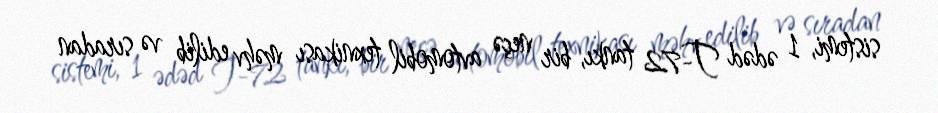
sistemi, 1 ədəd T-72 tankı, bir neçə avtomobil texnikası məhv edilib və sıradan